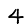
Digit: 4